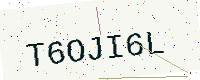
Text: T6OJI6L